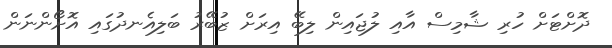
ދޮށްޓަށް ހުރި ޝާމިސް އާއި ލުޖައިން ލިބޭ އިރަށް ޒުބޭރު ބަލިއެނދުގައި އޮށޯންނަން